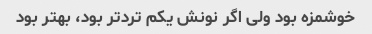
خوشمزه بود ولی اگر نونش یکم ترد‌تر بود، بهتر بود